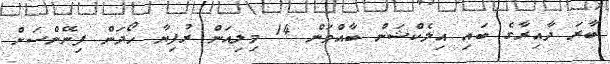
ބާރަ ދާއިރާގެ ބައި އިލެކްޝަން ބާއްވަން 14 މިލިއަން ރުފިޔާ ހޯދަން ފިނޭންސަށް